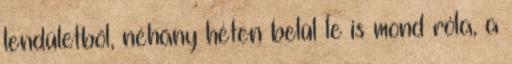
lendületből, néhány héten belül le is mond róla, a